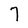
Character: 7